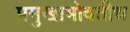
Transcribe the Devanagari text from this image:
प्रमुखाभोवतीच